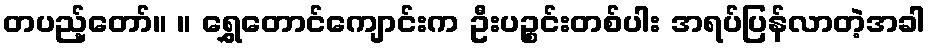
တပည့်တော်။ ။ ရွှေတောင်ကျောင်းက ဦးပဉ္စင်းတစ်ပါး အရပ်ပြန်လာတဲ့အခါ